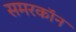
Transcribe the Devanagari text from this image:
समरकॉन